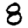
Digit: 8